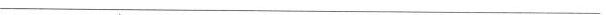
___